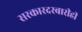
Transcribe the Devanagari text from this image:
सरकारदरबारीही